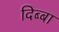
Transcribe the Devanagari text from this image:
दिब्बा